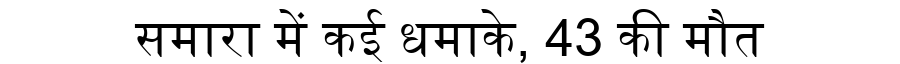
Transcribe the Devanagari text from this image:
समारा में कई धमाके, 43 की मौत